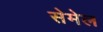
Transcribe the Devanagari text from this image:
सेमेल